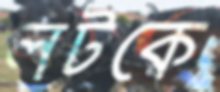
লটকে